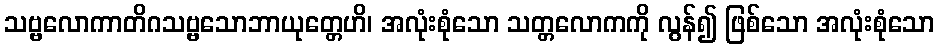
သဗ္ဗလောကာတိဂသဗ္ဗသောဘာယုတ္တေဟိ၊ အလုံးစုံသော သတ္တလောကကို လွန်၍ ဖြစ်သော အလုံးစုံသော